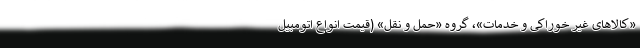
«کالاهای غیر خوراکی و خدمات»، گروه «حمل و نقل» (قیمت انواع اتومبیل